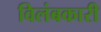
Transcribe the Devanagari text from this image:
विलंबकारी